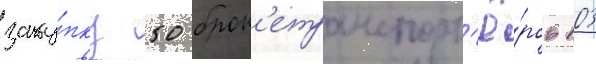
заку́пку 50 брон'етранспорт'ё́ров 103